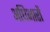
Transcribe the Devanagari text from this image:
अधिभारों